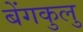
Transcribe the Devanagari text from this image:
बेंगकुलु